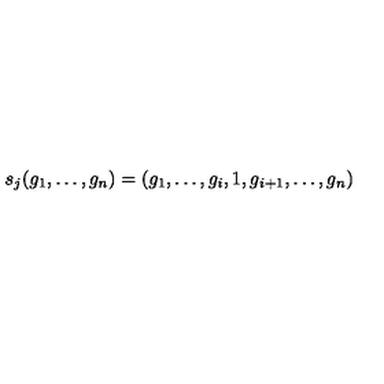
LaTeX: s _ { j } ( g _ { 1 } , \ldots , g _ { n } ) = ( g _ { 1 } , \ldots , g _ { i } , 1 , g _ { i + 1 } , \ldots , g _ { n } )